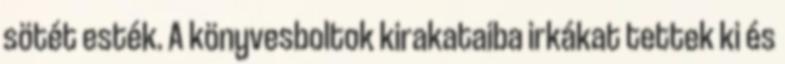
sötét esték. A könyvesboltok kirakataiba irkákat tettek ki és